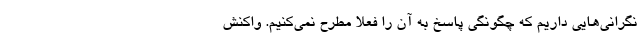
نگرانی‌هایی داریم که چگونگی پاسخ به آن را فعلا مطرح نمی‌کنیم. واکنش